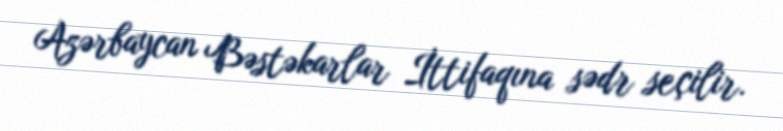
Azərbaycan Bəstəkarlar İttifaqına sədr seçilir.